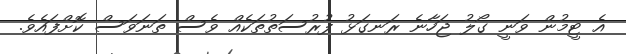
އެ ޓީމުން ވަނީ ގޯލު ޖަހާނެ ރަނގަޅު ފުރުސަތުތަކެއް ވެސް ތަނަވަސް ކޮށްފައެވެ.